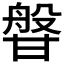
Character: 𭺰